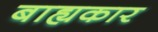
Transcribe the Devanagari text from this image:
बाह्यकार